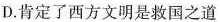
D.肯定了西方文明是救国之道